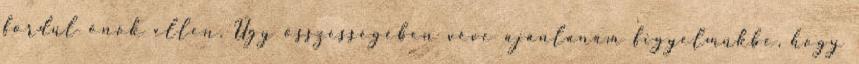
fordul önök ellen. Úgy összességében véve ajánlanám figyelmükbe, hogy